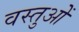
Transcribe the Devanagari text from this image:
वस्तुओें